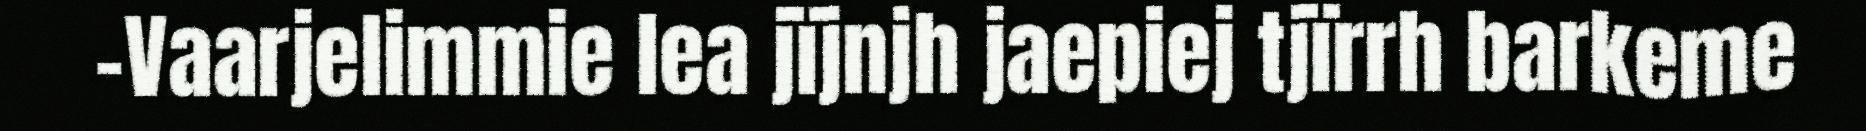
-Vaarjelimmie lea jïjnjh jaepiej tjïrrh barkeme